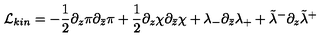
{ \cal L } _ { k i n } = - { \frac { 1 } { 2 } } \partial _ { z } \pi \partial _ { \bar { z } } \pi + { \frac { 1 } { 2 } } \partial _ { z } \chi \partial _ { \bar { z } } \chi + \lambda _ { - } \partial _ { \bar { z } } \lambda _ { + } + \tilde { \lambda } ^ { - } \partial _ { z } \tilde { \lambda } ^ { + }